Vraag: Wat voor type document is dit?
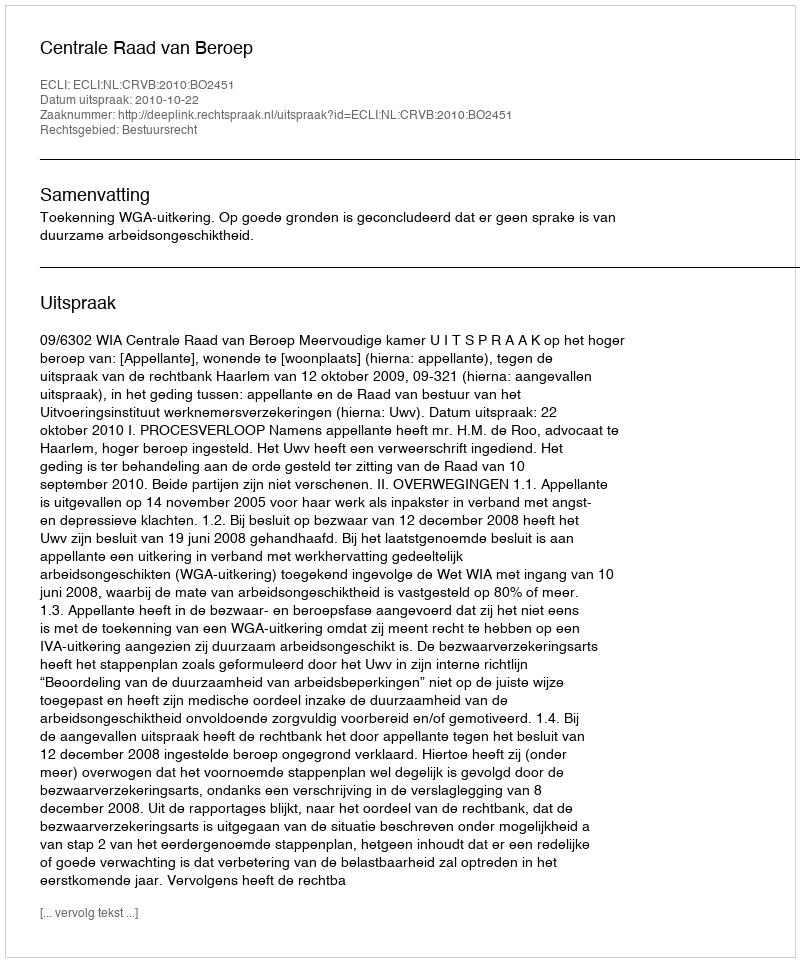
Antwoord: Uitspraak